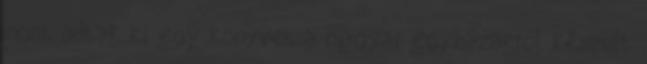
most adtak ki egy könyvet a magyar egyházakról készült